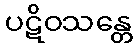
ပဋိဝသန္တေ